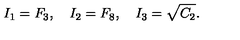
I _ { 1 } = F _ { 3 } , \quad I _ { 2 } = F _ { 8 } , \quad I _ { 3 } = \sqrt { C _ { 2 } } .